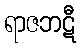
ရာဇဘဋီ